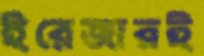
ইরেজারই